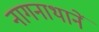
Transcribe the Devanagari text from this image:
नागनाथानें